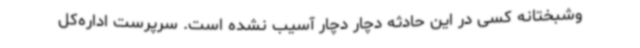
وشبختانه کسی در این حادثه دچار دچار آسیب نشده است. سرپرست اداره‌کل